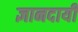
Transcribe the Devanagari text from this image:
ज्ञानदायी